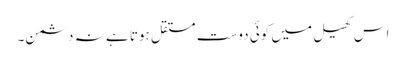
اس کھیل میں کوئی دوست مستقل ہوتا ہے نہ دشمن۔